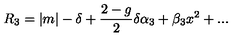
R _ { 3 } = | m | - \delta + { \frac { 2 - g } { 2 } } \delta \alpha _ { 3 } + \beta _ { 3 } x ^ { 2 } + . . .